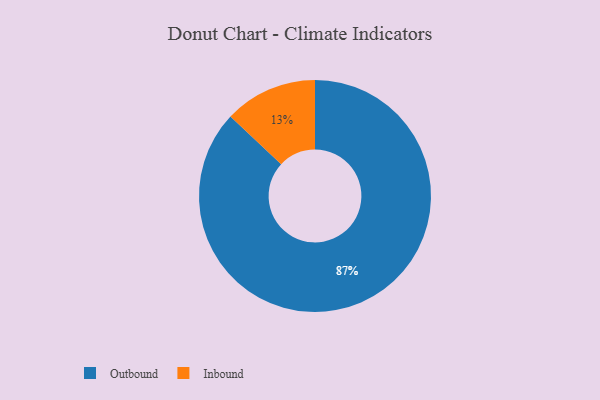
{"axis": {"x": "Category", "y": "Percentage"}, "legend": ["Inbound", "Outbound"], "data": [{"x": "Inbound", "y": 13, "type": "Inbound"}, {"x": "Outbound", "y": 87, "type": "Outbound"}]}